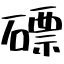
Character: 磦